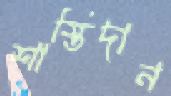
শাস্তিদান